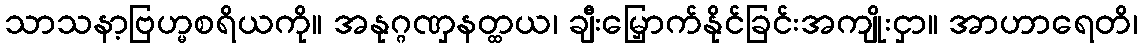
သာသနာ့ဗြဟ္မစရိယကို။ အနုဂ္ဂဏှနတ္ထယ၊ ချီးမြှောက်နိုင်ခြင်းအကျိုးငှာ။ အာဟာရေတိ၊